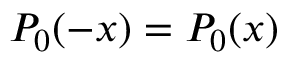
P _ { 0 } ( - x ) = P _ { 0 } ( x )